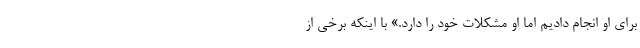
برای او انجام دادیم اما او مشکلات خود را دارد.» با اینکه برخی از